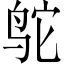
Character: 鸵